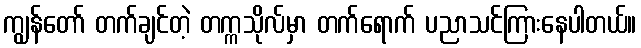
ကျွန်တော် တက်ချင်တဲ့ တက္ကသိုလ်မှာ တက်ရောက် ပညာသင်ကြားနေပါတယ်။